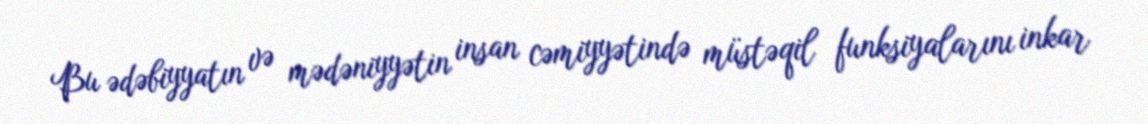
Bu ədəbiyyatın və mədəniyyətin insan cəmiyyətində müstəqil funksiyalarını inkar